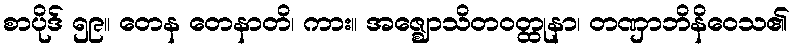
စာပိုဒ် ၅၉။ တေန တေနာတိ၊ ကား။ အဇ္ဈောသိတဝတ္ထုနာ၊ တဏှာဘိနိဝေသ၏